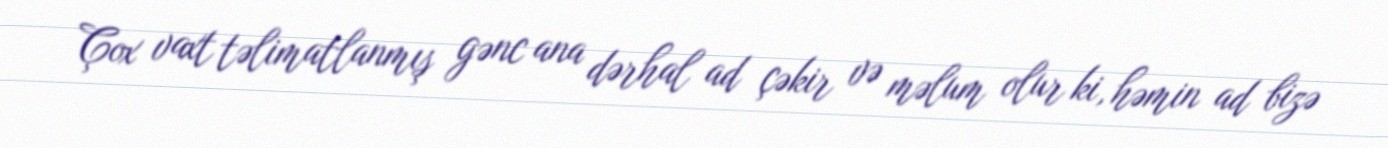
Çox vaxt təlimatlanmış gənc ana dərhal ad çəkir və məlum olur ki, həmin ad bizə